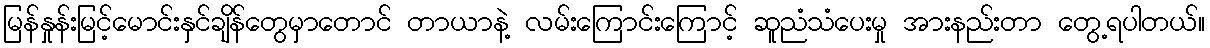
မြန်နှုန်းမြင့်မောင်းနှင်ချိန်တွေမှာတောင် တာယာနဲ့ လမ်းကြောင်းကြောင့် ဆူညံသံပေးမှု အားနည်းတာ တွေ့ရပါတယ်။